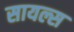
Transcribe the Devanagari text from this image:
सायल्स